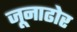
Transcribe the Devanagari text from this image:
जूनाढोर